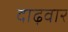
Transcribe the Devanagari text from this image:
दाढ़वार